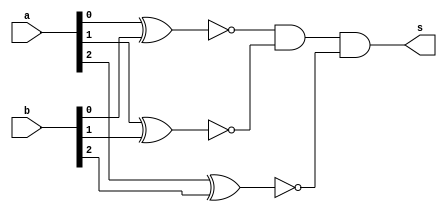
// ------------------------- 
// Exemplo0023 - Comparador
// Nome: Roger Rubens Machado
// ------------------------- 

// comparador 

module comparador (output s, input [2:0]a, input [2:0]b); 
	
	// descrever por portas
	wire s0;
	wire s1;
	wire s2;
	
	xnor XNOR1 (s0, a[0], b[0]);
	xnor XNOR2 (s1, a[1], b[1]);
	xnor XNOR3 (s2, a[2], b[2]);
	
   and AND1(s, s0, s1, s2);

endmodule // comparador 

	module test_comparador; 

	reg [2:0] x; 
	reg [2:0] y; 
	wire comparado;
	comparador modulo (comparado, x, y); 

initial begin 
	$display("Exemplo0023 - Roger Rubens Machado - 430533"); 
	$display("Test ALU's comparador"); 
	
	$monitor("x = %3b \t y = %3b\t  saida = %1b\n", x, y, comparado);
	#1 x = 0000; y = 0000; 
	#1 x = 0001; y = 0001;
	#1 x = 0000; y = 0001;
	#1 x = 1111; y = 1000;   

end 
endmodule // test_comparador